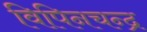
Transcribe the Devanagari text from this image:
विपिनचन्द्र